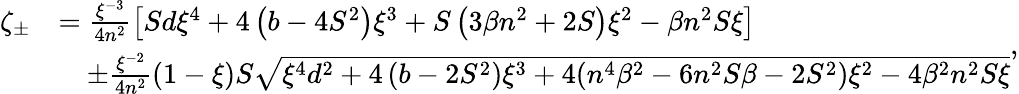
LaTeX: \begin{array}{rl}{\zeta_{\pm}}&{=\frac{\xi^{-3}}{4n^{2}}\left[Sd\xi^{4}+4\left(b-4S^{2}\right)\xi^{3}+S\left(3\beta n^{2}+2S\right)\xi^{2}-\beta n^{2}S\xi\right]}\\ &{\quad\pm\frac{\xi^{-2}}{4n^{2}}(1-\xi)S\sqrt{\xi^{4}d^{2}+4\left(b-2S^{2}\right)\xi^{3}+4(n^{4}\beta^{2}-6n^{2}S\beta-2S^{2})\xi^{2}-4\beta^{2}n^{2}S\xi}}\end{array},